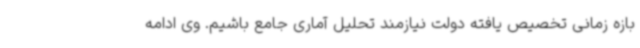
بازه زمانی تخصیص یافته دولت نیازمند تحلیل آماری جامع باشیم. وی ادامه